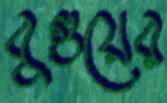
বুগুয়ের